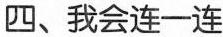
四、我会连一连